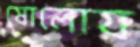
ষোলোয়